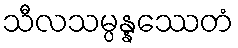
သီလသမ္ပန္နဿေတံ